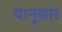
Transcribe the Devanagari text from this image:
यानूसार